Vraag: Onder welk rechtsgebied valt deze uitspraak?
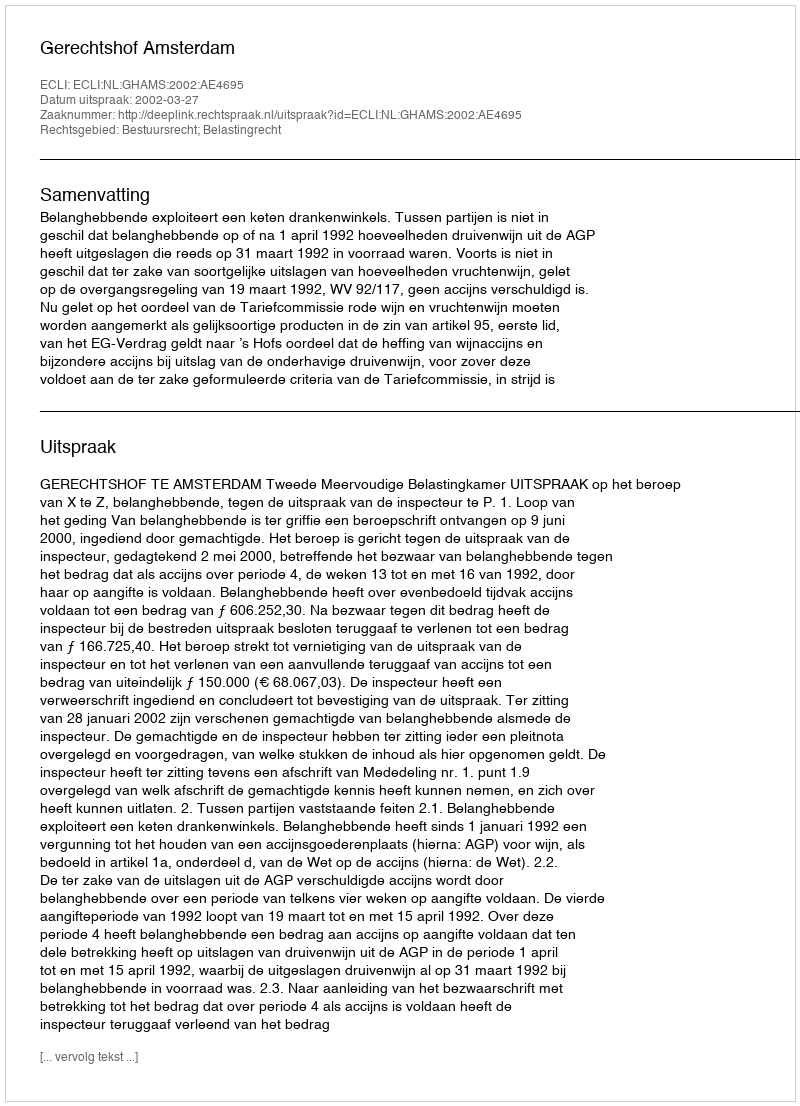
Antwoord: Bestuursrecht; Belastingrecht